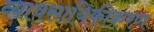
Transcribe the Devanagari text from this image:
व्यावसायिकीकरण